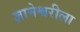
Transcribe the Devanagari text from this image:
ज्ञानेश्वरीला